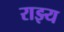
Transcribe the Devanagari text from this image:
राझ्य